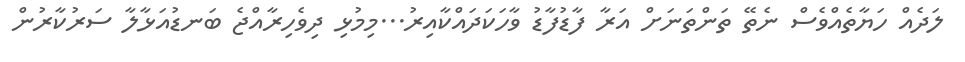
ލަދެއް ހަޔާތެއްވެސް ނެތޭ ތަންތަނަށް އަރާ ފާޑުފާޑު ވާހަކަދައްކާއިރު...މިމުޅި ދިވެހިރާއްޖެ ބަނޑުއަޅާލާ ސަރުކާރުން